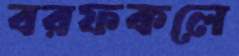
বরফকলে